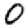
Digit: 0